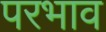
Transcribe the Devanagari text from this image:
परभाव